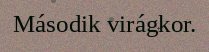
Második virágkor.